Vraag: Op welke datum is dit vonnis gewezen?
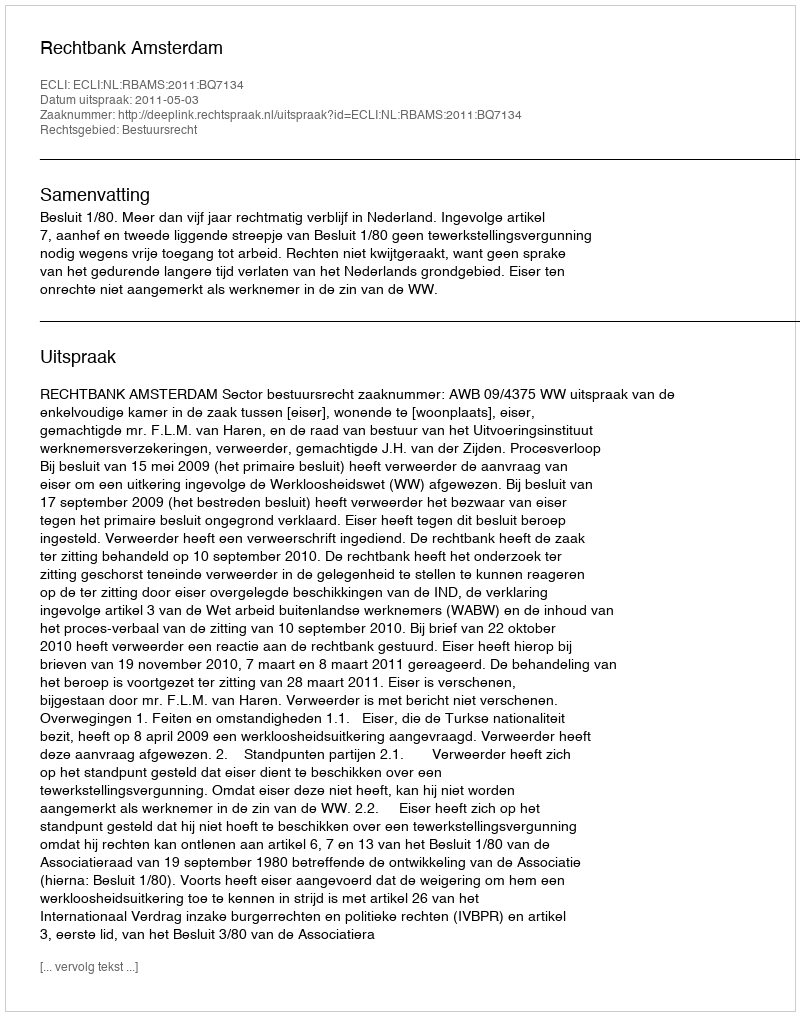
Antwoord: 2011-05-03